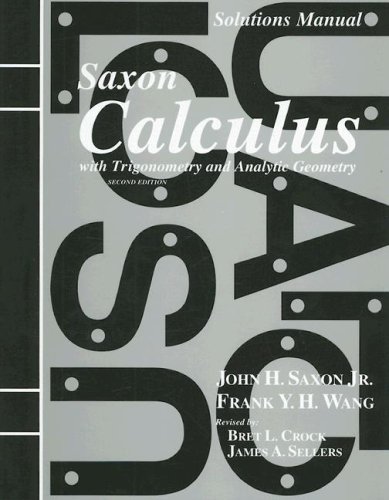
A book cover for Solutions Manual to accompany Saxon  Calculus with Trigonometry and Analytic Geometry; John H. Saxon Jr.; Science & Math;